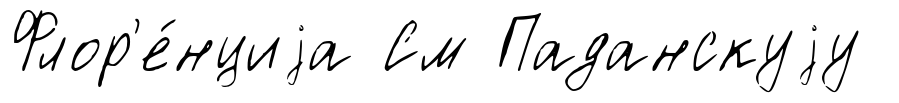
Флор'е́нциjа См Паданскуjу